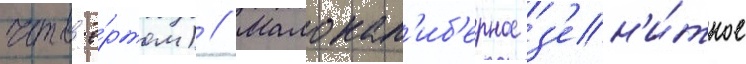
четв'ё́ртом) // Малокал'иб'ерное з'ен'и́тное